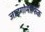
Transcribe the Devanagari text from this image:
जाइगोमोर्फिक